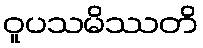
ဝူပသမိဿတိ